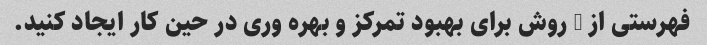
فهرستی از 4 روش برای بهبود تمرکز و بهره وری در حین کار ایجاد کنید.